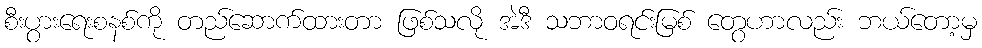
စီးပွားရေးစနစ်ကို တည်ဆောက်ထားတာ ဖြစ်သလို အဲဒီ သဘာဝရင်းမြစ် တွေဟာလည်း ဘယ်တော့မှ